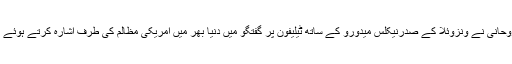
مہر خبررساں ایجنسی کی رپورٹ کے مطابق اسلامی جمہوریہ ایران کے صدر حجۃ الاسلام والمسلمین حسن روحانی نے ونزوئلا کے صدرنیکلس میدورو کے ساتھ ٹیلیفون پر گفتگو میں دنیا بھر میں امریکی مظالم کی طرف اشارہ کرتے ہوئے کہا ہے کہ امریکی سامراجی وائرس ، انسانی معاشرے کے لئے کورونا وائرس سے کہیں زیادہ خطرناک ہے۔